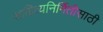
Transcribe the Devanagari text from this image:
साहित्यनिर्मितीसाठी